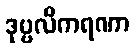
ဒုဗ္ဗလီကရဏာ